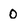
Character: O